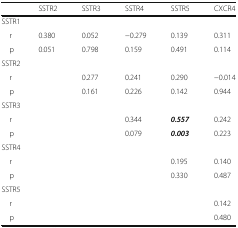
<table><thead><tr><td></td><td><b>SSTR2</b></td><td><b>SSTR3</b></td><td><b>SSTR4</b></td><td><b>SSTR5</b></td><td><b>CXCR4</b></td></tr></thead><tbody><tr><td colspan="6">SSTR1</td></tr><tr><td> r</td><td>0.380</td><td>0.052</td><td>−0.279</td><td>0.139</td><td>0.311</td></tr><tr><td> p</td><td>0.051</td><td>0.798</td><td>0.159</td><td>0.491</td><td>0.114</td></tr><tr><td colspan="6">SSTR2</td></tr><tr><td> r</td><td></td><td>0.277</td><td>0.241</td><td>0.290</td><td>−0.014</td></tr><tr><td> p</td><td></td><td>0.161</td><td>0.226</td><td>0.142</td><td>0.944</td></tr><tr><td colspan="6">SSTR3</td></tr><tr><td> r</td><td></td><td></td><td>0.344</td><td><b><i>0.557</i></b></td><td>0.242</td></tr><tr><td> p</td><td></td><td></td><td>0.079</td><td><b><i>0.003</i></b></td><td>0.223</td></tr><tr><td colspan="6">SSTR4</td></tr><tr><td> r</td><td></td><td></td><td></td><td>0.195</td><td>0.140</td></tr><tr><td> p</td><td></td><td></td><td></td><td>0.330</td><td>0.487</td></tr><tr><td colspan="6">SSTR5</td></tr><tr><td> r</td><td></td><td></td><td></td><td></td><td>0.142</td></tr><tr><td> p</td><td></td><td></td><td></td><td></td><td>0.480</td></tr></tbody></table>